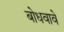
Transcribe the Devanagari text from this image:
बोधवावे